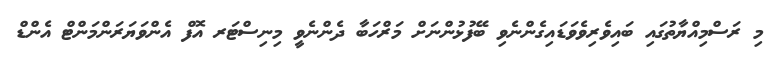
މި ރަސްމިއްޔާތުގައި ބައިވެރިވެވަޑައިގެންނެވި ބޭފުޅުންނަށް މަރްހަބާ ދެންނެވީ މިނިސްޓަރ އޮފް އެންވަޔަރަންމަންޓް އެންޑް